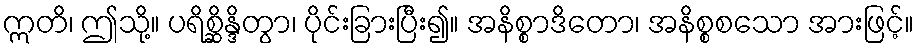
ဣတိ၊ ဤသို့။ ပရိစ္ဆိန္ဒိတွာ၊ ပိုင်းခြားပြီး၍။ အနိစ္စာဒိတော၊ အနိစ္စစသော အားဖြင့်။